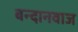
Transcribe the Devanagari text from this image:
बन्दानवाज